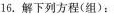
16.解下列方程(组)：